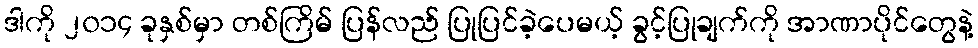
ဒါကို ၂၀၁၄ ခုနှစ်မှာ တစ်ကြိမ် ပြန်လည် ပြုပြင်ခဲ့ပေမယ့် ခွင့်ပြုချက်ကို အာဏာပိုင်တွေနဲ့